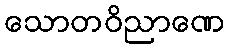
သောတဝိညာဏေ